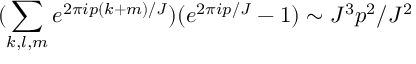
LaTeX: ( \sum _ { k , l , m } e ^ { 2 \pi i p ( k + m ) / J } ) ( e ^ { 2 \pi i p / J } - 1 ) \sim J ^ { 3 } p ^ { 2 } / J ^ { 2 }